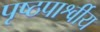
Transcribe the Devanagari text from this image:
पृष्ठपार्श्वीय